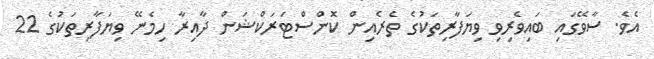
އެވެ. ސާވޭގައި ބައިވެރިވި ވިޔަފާރިތަކުގެ ތެރެއިން ކޮންސްޓަރަކްޝަން ދާއިރާ ހިމެނޭ ވިޔަފާރިތަކުގެ 22